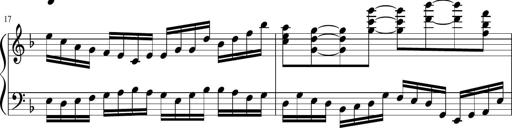
Title: Sonatina in F major
Composer: Ethan Ngo
Key: F major